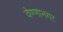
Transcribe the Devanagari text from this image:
वेण्णानगर